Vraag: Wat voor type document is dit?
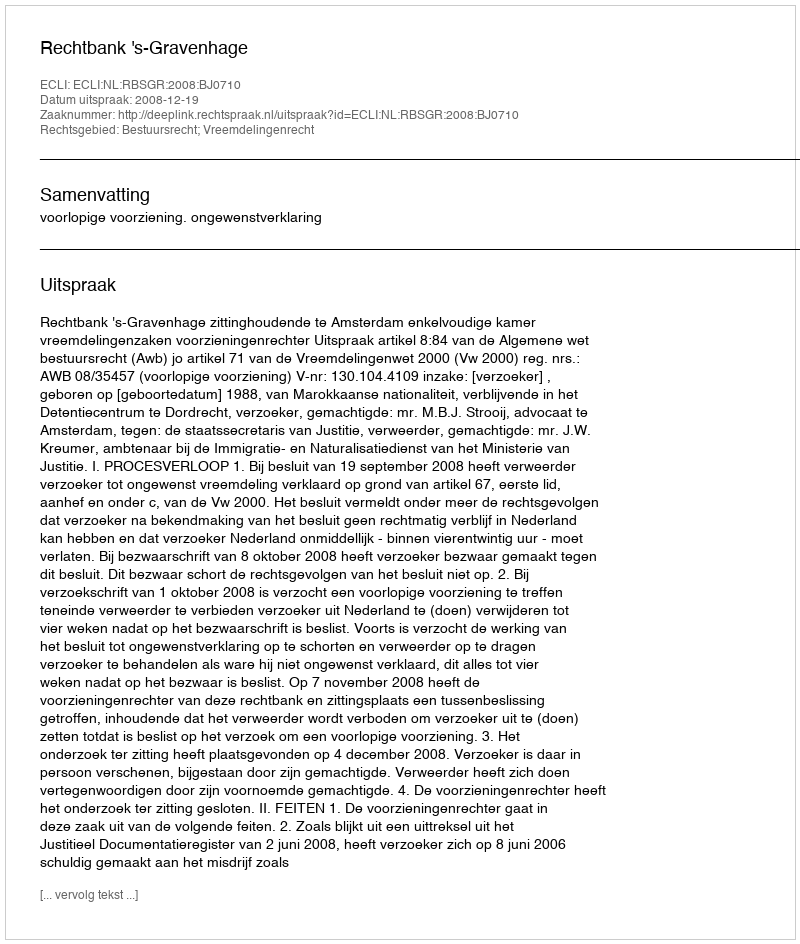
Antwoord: Uitspraak